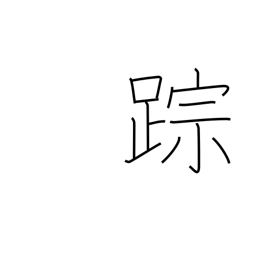
Meaning: clue